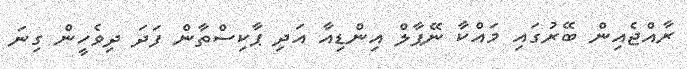
ރާއްޖެއިން ބޭރުގައި މައްކާ ނޭޕާލް އިންޑިއާ އަދި ޕާކިސްތާން ފަދަ ދިވެހީން ގިނަ